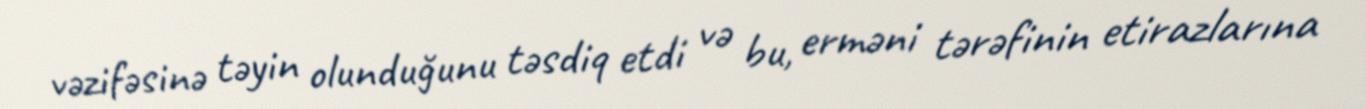
vəzifəsinə təyin olunduğunu təsdiq etdi və bu, erməni tərəfinin etirazlarına